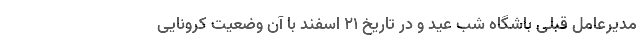
مدیرعامل قبلی باشگاه شب عید و در تاریخ 21 اسفند با آن وضعیت کرونایی